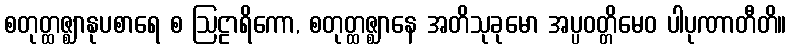
စတုတ္ထဇ္ဈာနုပစာရေ စ ဩဠာရိကော, စတုတ္ထဇ္ဈာနေ အတိသုခုမော အပ္ပဝတ္တိမေဝ ပါပုဏာတီတိ။